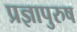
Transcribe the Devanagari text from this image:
प्रज्ञापुरुष